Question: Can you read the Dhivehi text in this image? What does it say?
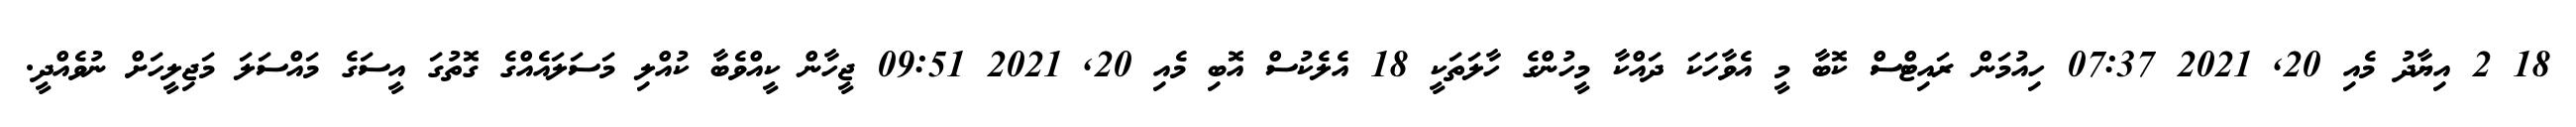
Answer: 18 2 އިޔާދު މެއި 20, 2021 07:37 ހިއުމަން ރައިޓްސް ކޮބާ މީ އެވާހަކަ ދައްކާ މީހުންގެ ހާލަތަކީ 18 އެލެކުސް އޮބި މެއި 20, 2021 09:51 ޖީހާން ކީއްވެބާ ކުއްލި މަސަލައެއްގެ ގޮތުގަ އީސަގެ މައްސަލަ މަޖިލީހަށް ނުވެއްދީ.